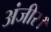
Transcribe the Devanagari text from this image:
अंजीर।